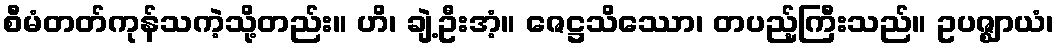
စီမံတတ်ကုန်သကဲ့သို့တည်း။ ဟိ၊ ချဲ့ဦးအံ့။ ဇေဋ္ဌသိဿော၊ တပည့်ကြီးသည်။ ဥပဇ္ဈာယံ၊